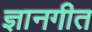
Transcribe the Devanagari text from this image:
ज्ञानगीत